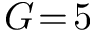
G \! = \! 5